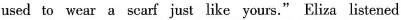
used to wear a scarf just like yours." Elixa listened